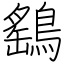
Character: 鷂